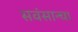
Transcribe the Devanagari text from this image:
सवंसान्चा